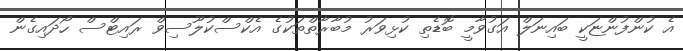
އެ ކުންފުންޏަކީ ބައިނަލް އަގުވާމީ ބޮޑެތި ކުޅިވަރު މުބާރާތްތަކުގެ އެކްސްކުލޫސިވް ރައިޓްސް ހޯދައިގެން